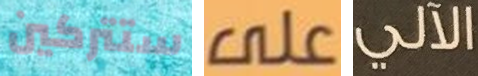
ستتركين على الآلي